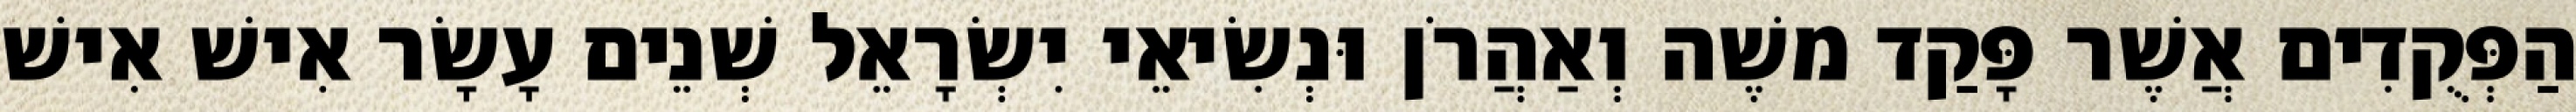
הַפְּקֻדִים אֲשֶׁר פָּקַד משֶׁה וְאַהֲרֹן וּנְשִׂיאֵי יִשְׂרָאֵל שְׁנֵים עָשָׂר אִישׁ אִישׁ